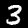
Label: 3